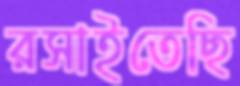
রসাইতেছি